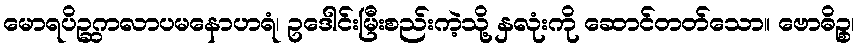
မောရပိဉ္ဆကလာပမနောဟရံ၊ ဥဒေါင်းမြီးစည်းကဲ့သို့ နှလုံးကို ဆောင်တတ်သော။ ဗောဓိဉ္စ၊